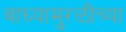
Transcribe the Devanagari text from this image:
वाघ्यामुरळींच्या